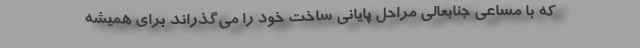
كه با مساعی جنابعالی مراحل پایانی ساخت خود را می‌گذراند برای همیشه